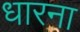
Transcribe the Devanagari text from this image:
धारना